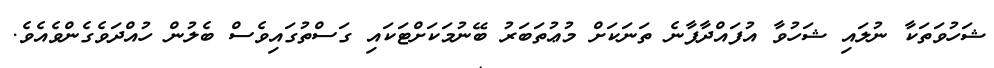
ޝަހުވަތަކާ ނުލައި ޝަހުވާ އުފައްދާފާނެ ތަނަކަށް މުޢުތަބަރު ބޭނުމަކަށްޓަކައި ގަސްތުގައިވެސް ބެލުން ހުއްދަވެގެންވެއެވެ.